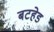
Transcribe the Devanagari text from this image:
बटहेड